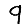
Digit: 9